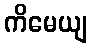
ကိမေယျ